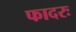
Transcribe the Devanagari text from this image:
फादरः